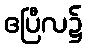
ဧပြီလ၌